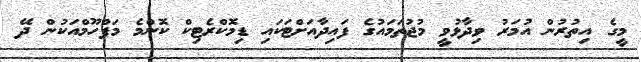
މީގެ އިތުރުން އުމަރު ވިދާޅުވީ މުޖުތަމައުގެ ފައިދާއަށްޓަކައި ޑިމޮކްރެޓިކް ކޮންމެ މަފްހޫމްއަކުން ދޭ